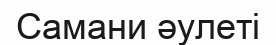
Самани әулеті